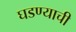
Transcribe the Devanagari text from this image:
घडण्याची